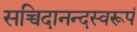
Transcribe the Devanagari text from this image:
सच्चिदानन्दस्वरूपं